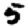
Digit: 5